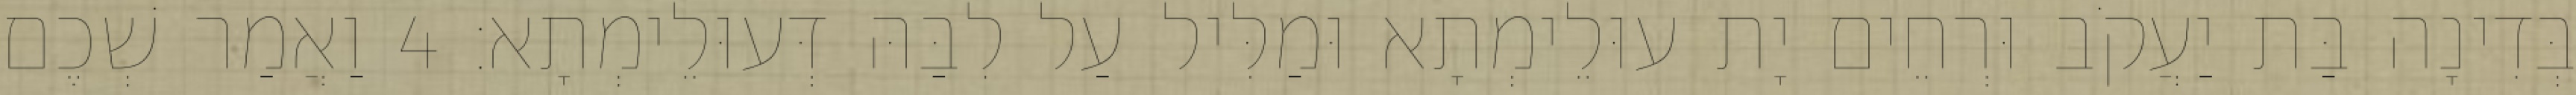
בְּדִינָה בַּת יַעֲקֹב וּרְחֵים יָת עוּלֵימְתָא וּמַלִּיל עַל לִבַּהּ דְּעוּלֵימְתָא׃ 4 וַאֲמַר שְׁכֶם